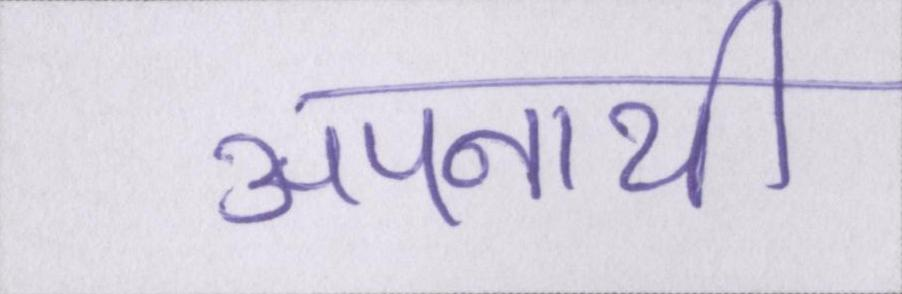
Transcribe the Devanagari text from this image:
अपनायी